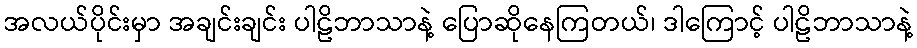
အလယ်ပိုင်းမှာ အချင်းချင်း ပါဠိဘာသာနဲ့ ပြောဆိုနေကြတယ်၊ ဒါကြောင့် ပါဠိဘာသာနဲ့